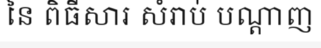
នៃ ពិធីសារ សំរាប់ បណ្តាញ